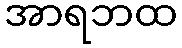
အာရဘထ